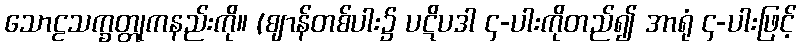
သောဠသက္ခတ္တုကနည်းကို။ (ဈာန်တစ်ပါး၌ ပဋိပဒါ ၄-ပါးကိုတည်၍ အာရုံ ၄-ပါးဖြင့်